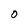
Character: 0